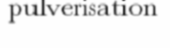
pulverisation